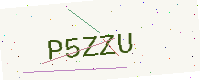
Text: P5ZZU